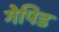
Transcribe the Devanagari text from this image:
गेपिड